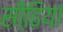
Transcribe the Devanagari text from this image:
सीढि़यां